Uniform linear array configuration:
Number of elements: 4
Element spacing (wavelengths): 0.5
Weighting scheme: kaiser
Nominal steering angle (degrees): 0
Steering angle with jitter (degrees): -1.311
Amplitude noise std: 0.05
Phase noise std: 0.05

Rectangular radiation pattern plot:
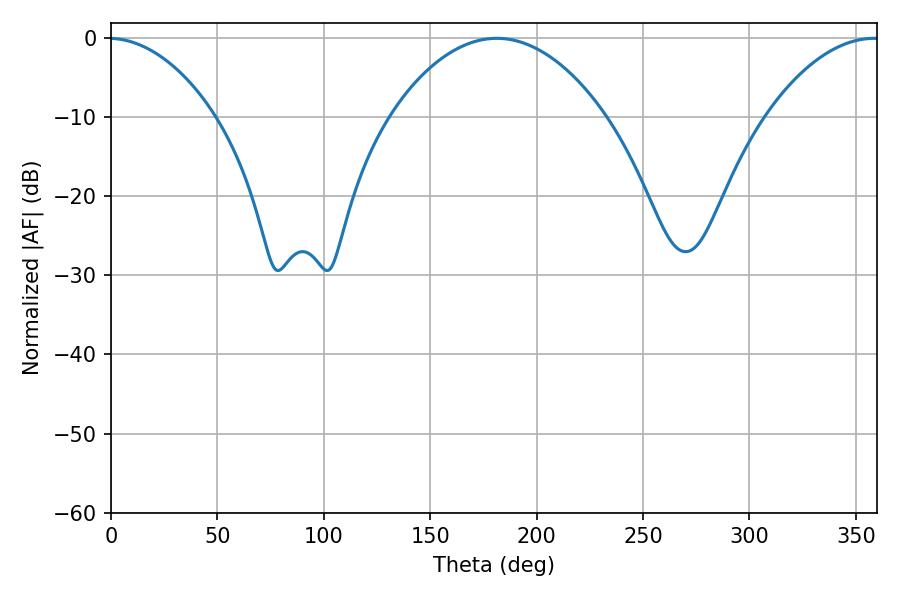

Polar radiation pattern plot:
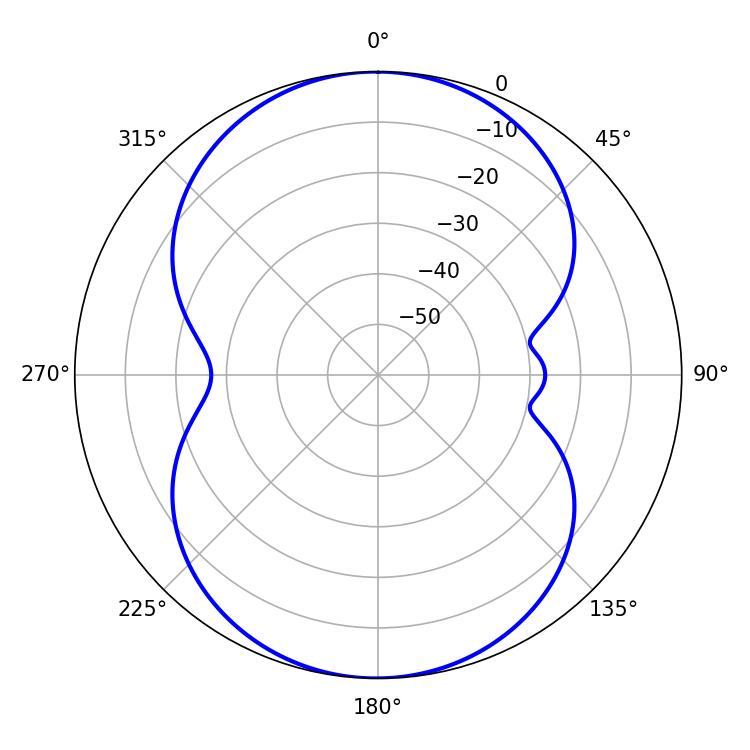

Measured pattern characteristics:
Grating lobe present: FALSE
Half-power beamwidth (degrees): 29.7
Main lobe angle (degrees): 358.74